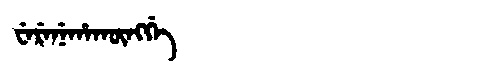
Manchu: ᠸᡝᡵᡝᠨᡝᡥᠠᡴᡡᠩᡤᡝ
Romanization: WERENEHAKŪNGGE